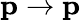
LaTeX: \mathbf{p}\rightarrow\mathbf{p}